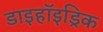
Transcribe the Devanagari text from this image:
डाइहॉइड्रिक